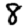
Digit: 8